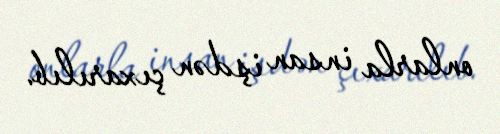
onlarla insan işdən çıxarılıb.